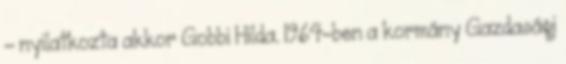
- nyilatkozta akkor Gobbi Hilda. 1964-ben a kormány Gazdasági